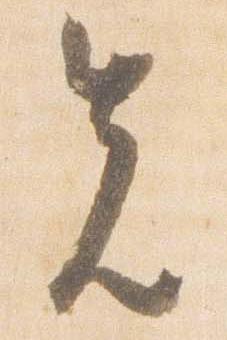
先